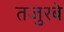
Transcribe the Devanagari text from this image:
तजुरबे